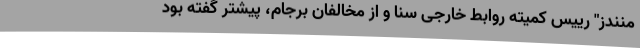
منندز" رییس کمیته روابط خارجی سنا و از مخالفان برجام، پیشتر گفته بود